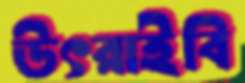
উৎরাইবি